Lunatic asylums Bombay report 1891-1903 - 1891-1903
Year: 1891
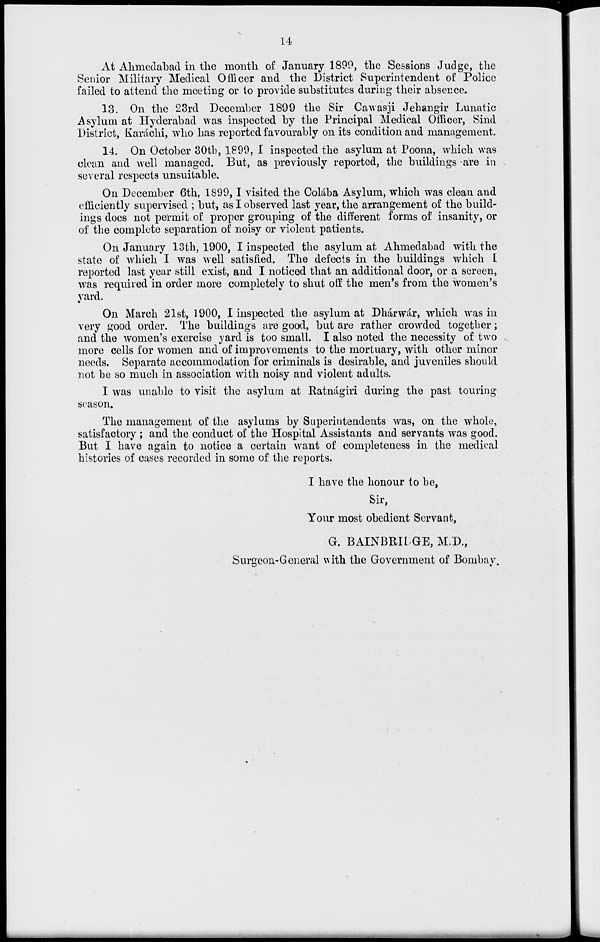
14
At Ahmedabad in the month of January 1899, the Sessions Judge, the
Senior Military Medical Officer and the District Superintendent of Police
failed to attend the meeting or to provide substitutes during their absence.
13. On the 23rd December 1899 the Sir Cawasji Jehangir Lunatic
Asylum at Hyderabad was inspected by the Principal Medical Officer, Sind
District, Karáchi, who has reported favourably on its condition and management.
14. On October 30th, 1899, I inspected the asylum at Poona, which was
clean and well managed. But, as previously reported, the buildings are in
several respects unsuitable.
On December 6th, 1899, I visited the Colába Asylum, which was clean and
efficiently supervised ; but, as I observed last year, the arrangement of the build-
ings does not permit of proper grouping of the different forms of insanity, or
of the complete separation of noisy or violent patients.
On January 13th, 1900, I inspected the asylum at Ahmedabad with the
state of which I was well satisfied. The defects in the buildings which I
reported last year still exist, and I noticed that an additional door, or a screen,
was required in order more completely to shut off the men's from the women's
yard.
On March 21st, 1900, I inspected the asylum at Dhárwár, which was in
very good order. The buildings are good, but are rather crowded together;
and the women's exercise yard is too small. I also noted the necessity of two
more cells for women and of improvements to the mortuary, with other minor
needs. Separate accommodation for criminals is desirable, and juveniles should
not be so much in association with noisy and violent adults.
I was unable to visit the asylum at Ratnágiri during the past touring
season.
The management of the asylums by Superintendents was, on the whole,
satisfactory ; and the conduct of the Hospital Assistants and servants was good.
But I have again to notice a certain want of completeness in the medical
histories of cases recorded in some of the reports.
I have the honour to be,
Sir,
Your most obedient Servant,
G. BAINBRIDGE, M.D.,
Surgeon-General with the Government of Bombay.